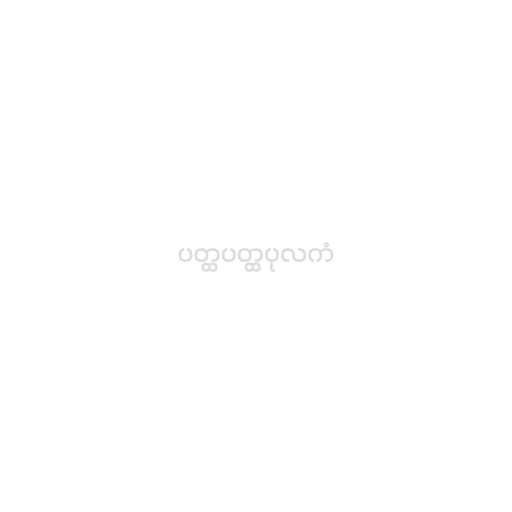
ပတ္ထပတ္ထပုလကံ